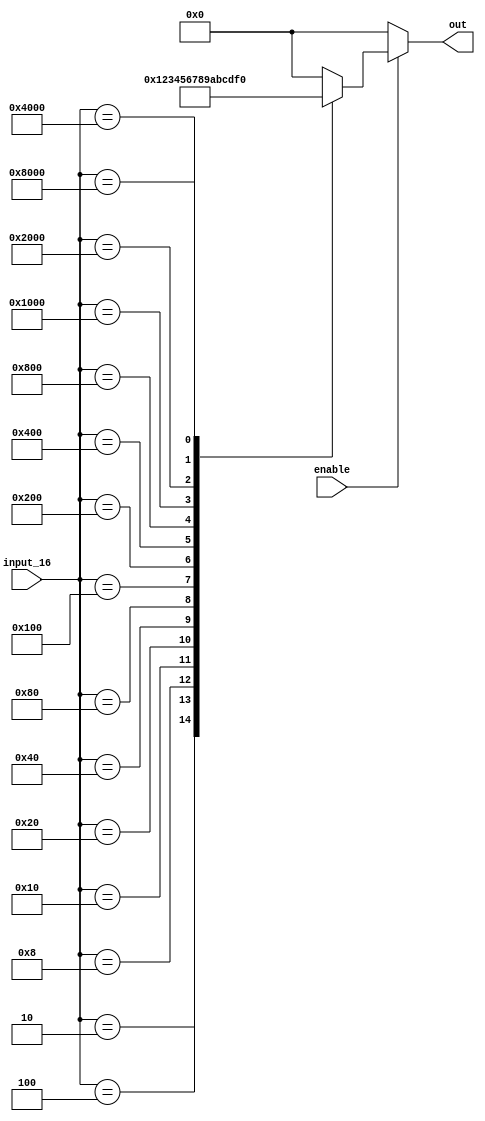
// Code your design here
// 16x4 Encoder in Verilog
module encoder(out, input_16, enable);

  output [3:0] out;
  input enable;
  input [15:0]input_16;

  reg [3:0] out;

  always @ (enable or input_16)
  begin
    out = 0;

    if (enable)
      begin
        case (input_16)
        16'h0002 : out = 1;
        16'h0004 : out = 2;
        16'h0008 : out = 3;
        16'h0010 : out = 4;
        16'h0020 : out = 5;
        16'h0040 : out = 6;
        16'h0080 : out = 7;
        16'h0100 : out = 8;
        16'h0200 : out = 9;
        16'h0400 : out = 10;
        16'h0800 : out = 11;
        16'h1000 : out = 12;
        16'h2000 : out = 13;
        16'h4000 : out = 14;
        16'h8000 : out = 15;
        default  : out = 0;
        endcase
    end
  end

endmodule